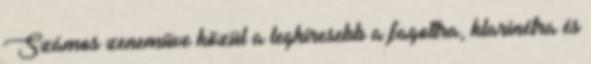
Számos zeneműve közül a leghíresebb a fagottra, klarinétra és